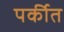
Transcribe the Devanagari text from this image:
पर्कीत